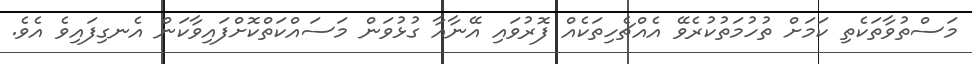
މަސްތުވާތަކެތި ކަމަށް ތުހުމަތުކުރެވޭ އެއްޗެހިތަކެއް ފޮރުވައި އޭނާއާ ގުޅުވަން މަސައްކަތްކޮށްފައިވާކަން އެނގިފައިވެ އެވެ.